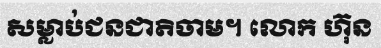
សម្លាប់ជនជាតិចាម។ លោក ហ៊ុន